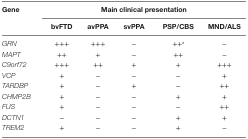
| Gene | <COLSPAN=5> Main clinical presentation |
 |  | bvFTD | avPPA | svPPA | PSP/CBS | MND/ALS |
 | --- | --- | --- | --- | --- | --- |
 | GRN | +++ | +++ | − | ++a | − |
 | MAPT | ++ | + | − | ++ | − |
 | C9orf72 | +++ | ++ | + | + | +++ |
 | VCP | + | − | − | − | + |
 | TARDBP | + | − | + | − | ++ |
 | CHMP2B | + | − | − | + | + |
 | FUS | + | − | − | − | ++ |
 | DCTN1 | − | − | − | + | + |
 | TREM2 | + | − | − | + | − |